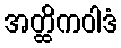
အတ္ထိကဝါဒံ